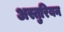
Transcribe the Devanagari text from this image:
अस्तुरियन